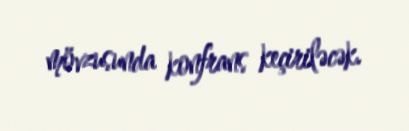
mövzusunda konfrans keçiriləcək.